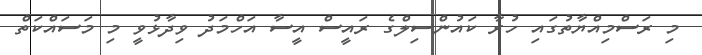
މި ރަސްމިއްޔާތުގައި ހުރާ ކައުންސިލްގެ ރައީސް އީސާ އަހްމަދު ވިދާޅުވީ މި މަސައްކަތް